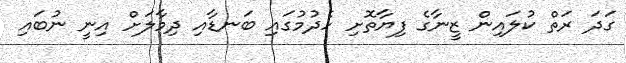
ގަދަ ރަތް ކުލައިން ޒީނާގެ ފިޔާތޮށި ހެދުމުގައި ބަނޑާއި ދިމާލަށް އިނީ ނުބައި